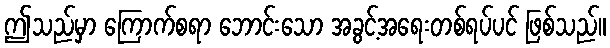
ဤသည်မှာ ကြောက်စရာ ဘောင်းသော အခွင့်အရေးတစ်ရပ်ပင် ဖြစ်သည်။